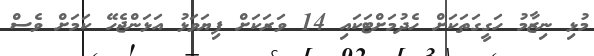
މުޅި ނިޒާމު ހަގީގަތަކަށް ހެދުމަށްޓަކައި 14 ވަރަކަށް ފިޔަވަަޅު އަޅަންޖެހޭ ކަމަށް ވެސް